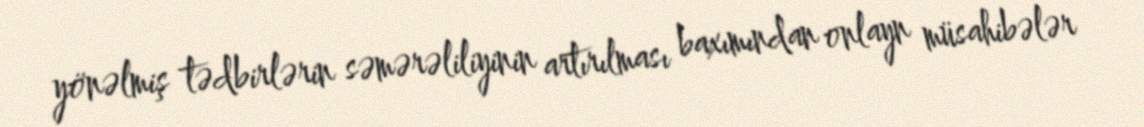
yönəlmiş tədbirlərin səmərəliliyinin artırılması baxımından onlayn müsahibələr